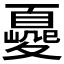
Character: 𡕿